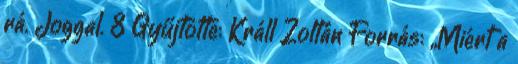
rá. Joggal. 8 Gyűjtötte: Králl Zoltán Forrás: „Miért a